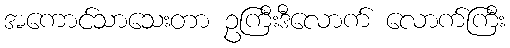
အကောင်သာသေးတာ ဥကြီးဒီလောက် လောက်ကြီး